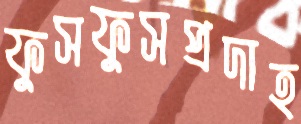
ফুসফুসপ্রদাহ